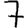
Digit: 7